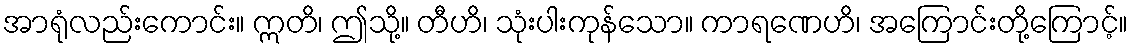
အာရုံလည်းကောင်း။ ဣတိ၊ ဤသို့။ တီဟိ၊ သုံးပါးကုန်သော။ ကာရဏေဟိ၊ အကြောင်းတို့ကြောင့်။